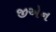
જીએન